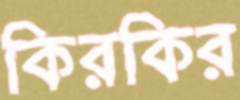
কিরকির